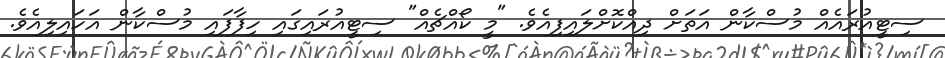
ސިޓީއުރައެއް މުސްކާން އަތަށް ދިއްކޮށްލައިފިއެވެ. "މީ ކޯއްޗެއް" ސިޓީއުރައިގައި ހިފާފައި މުސްކާން އަހައިލިއެވެ.